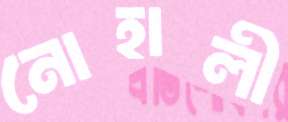
নোহালী